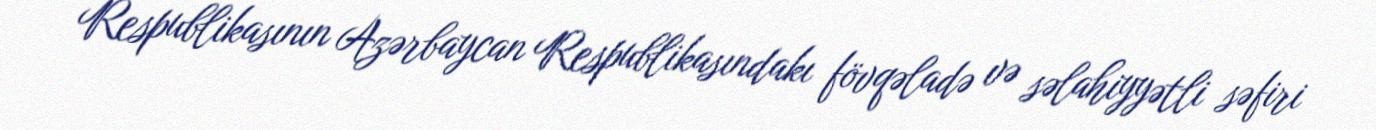
Respublikasının Azərbaycan Respublikasındakı fövqəladə və səlahiyyətli səfiri